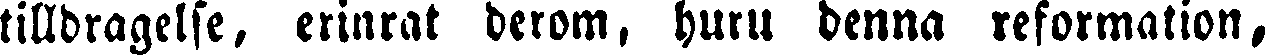
tilldragelse, erinrat derom, huru denna reformation,